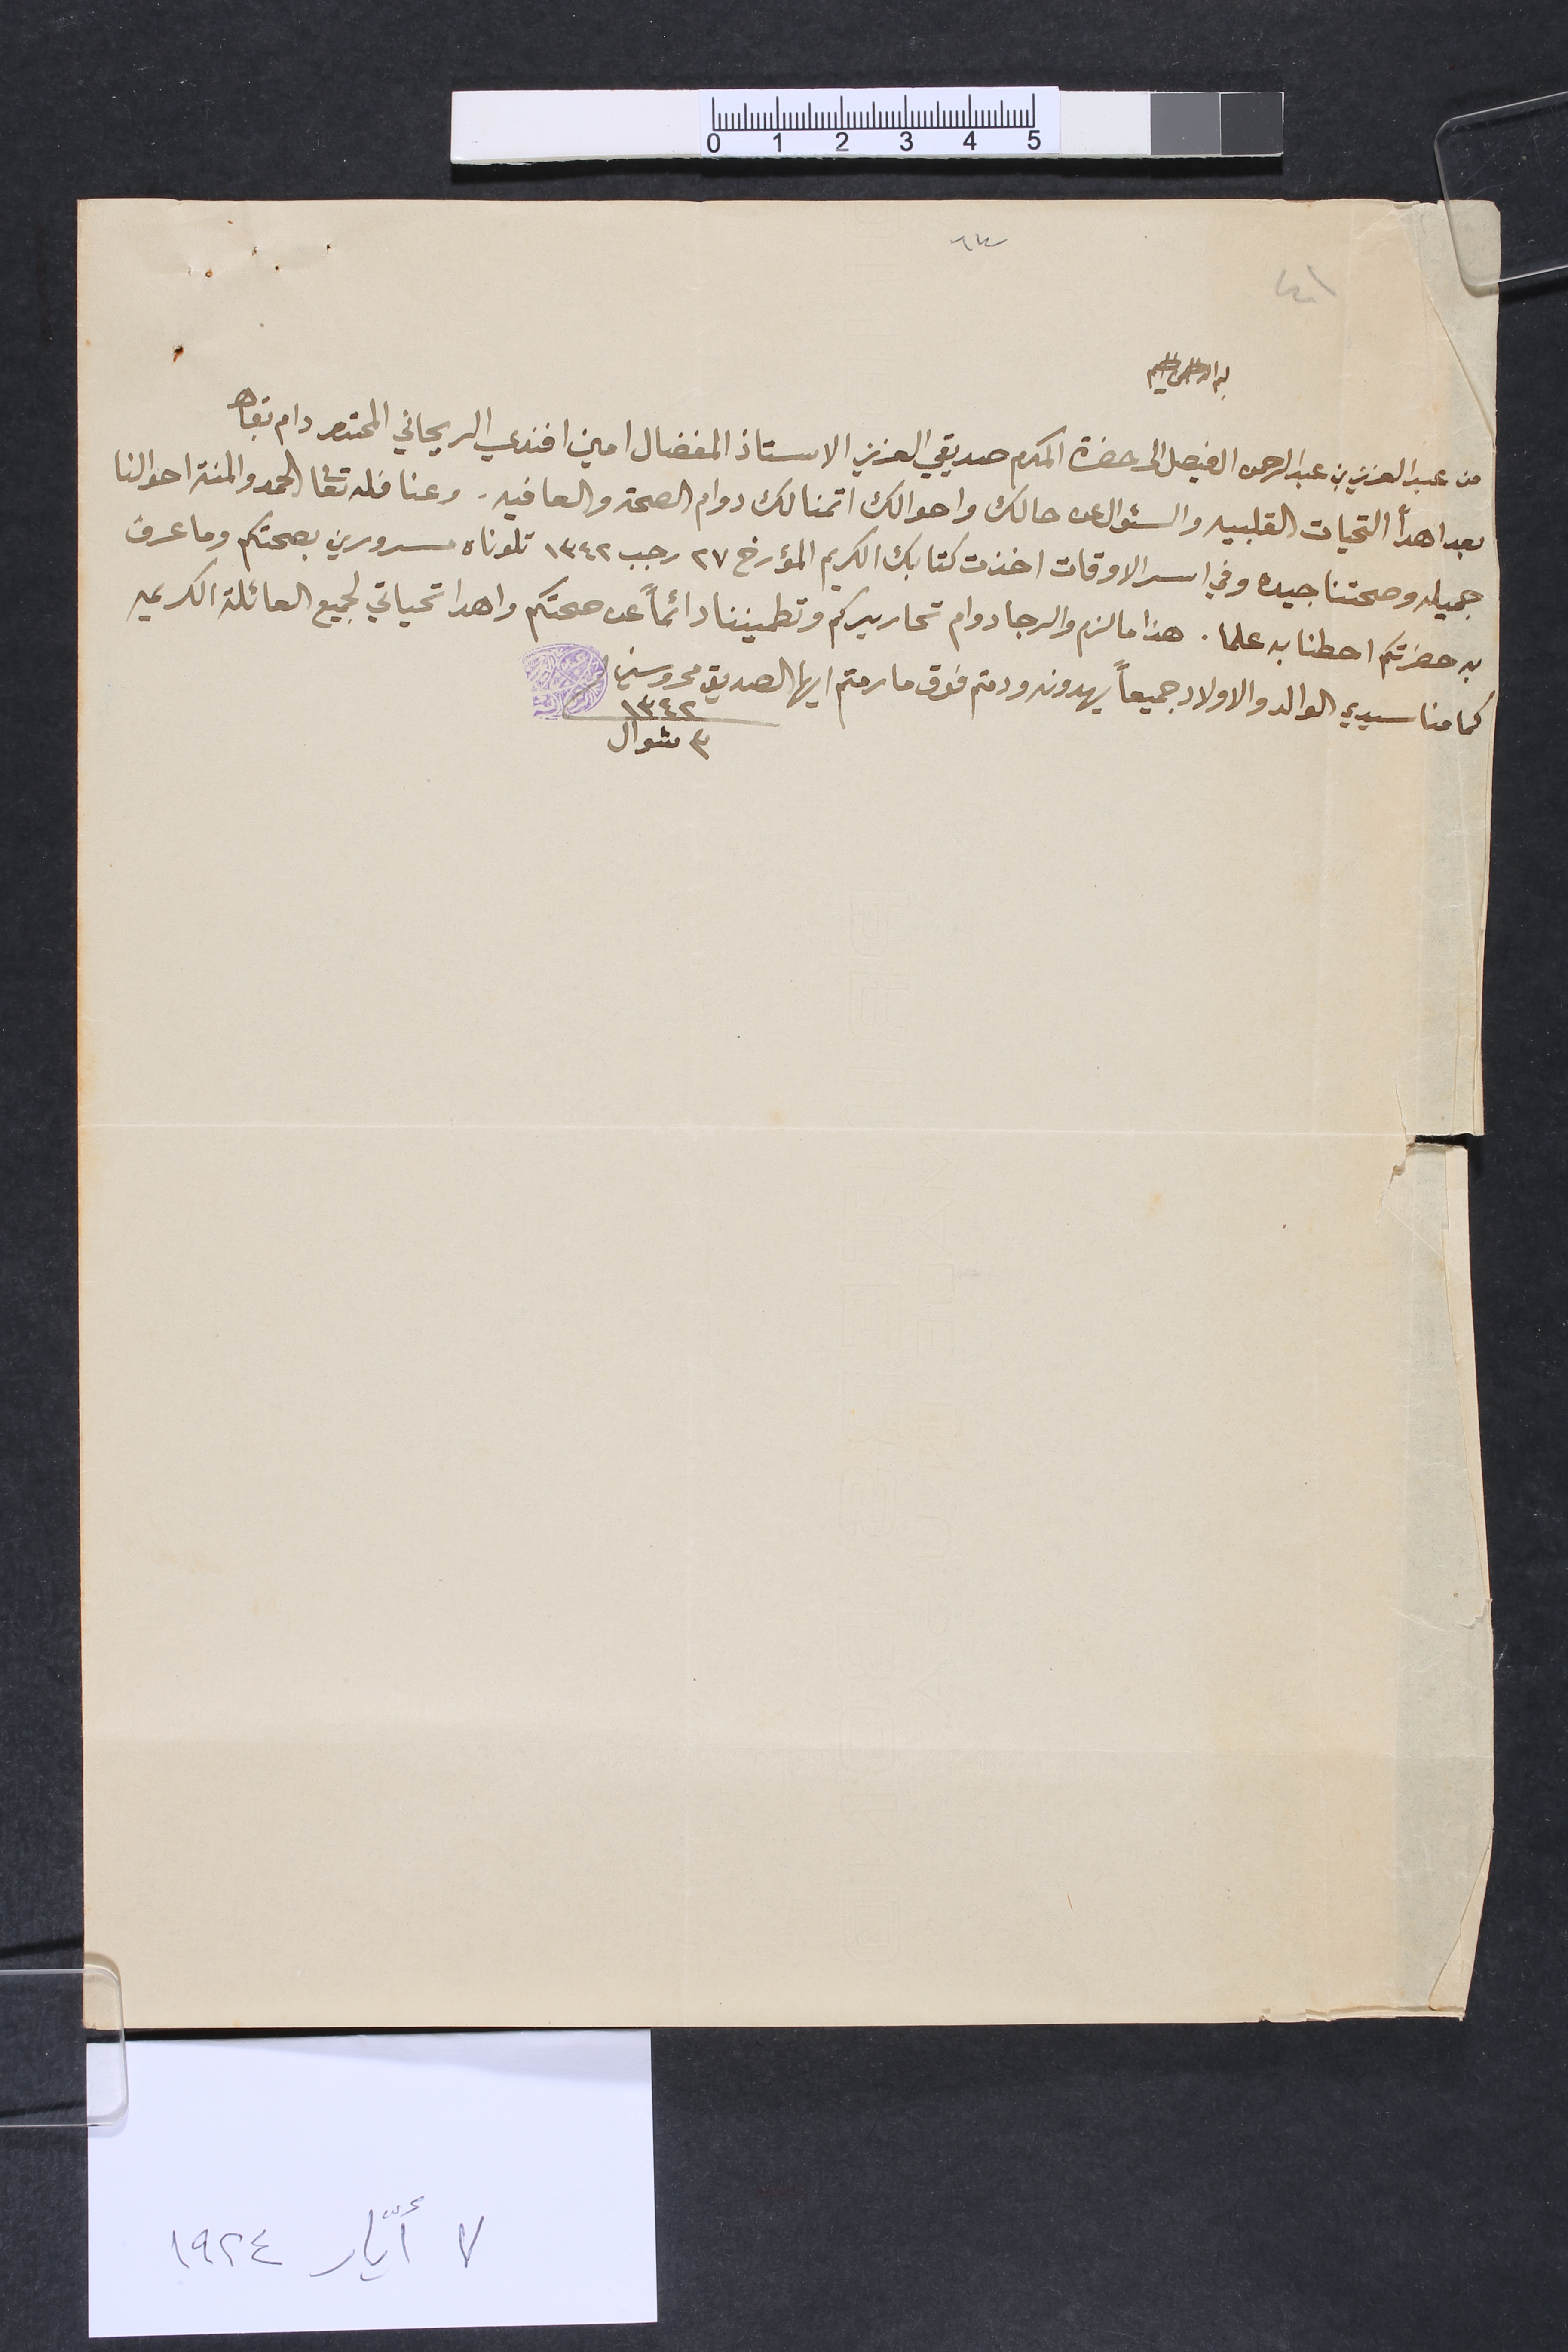
٤١			٦٤
بسم الله الرحمن الرحيم
من عبد العزيز بن عبد الرحمن ال فيصل الى حضرة المكرم صديدقي العزيز الاستاذ المفضال امين افندي الريحاني المحترم دام بقاه
بعد اهدأ التحيات القلبيه والسؤال عن حالك واحوالك اتمنا لك دوام الصحة والعافيه. وعنا فله تعالى الحمد والمنة احوالنا
جميله وصحتنا جيده وفي اسر الاوقات اخذت كتابك الكريم المؤرخ ٢٧ رجب ١٣٤٢ تلوناه مسرورين بصحتكم وما عرف
به حضرتكم احطنا به علما. هذا ما لزم والرجا دوام تحاريركم وتطميننا دائماً عن صحتكم واهدا تحياتي لجميع العائلة الكريمه
كما منا سيدي الوالد والاولاد جميعاً يهدونه ودمتم فوق ما رمتم ايها الصديق محروسين ١٣٤٢ ٣ شوال
٧ أيّار ١٩٢٤